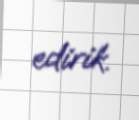
edirik.